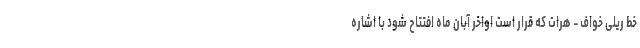
خط ریلی خواف – هرات که قرار است اواخر آبان ماه افتتاح شود با اشاره